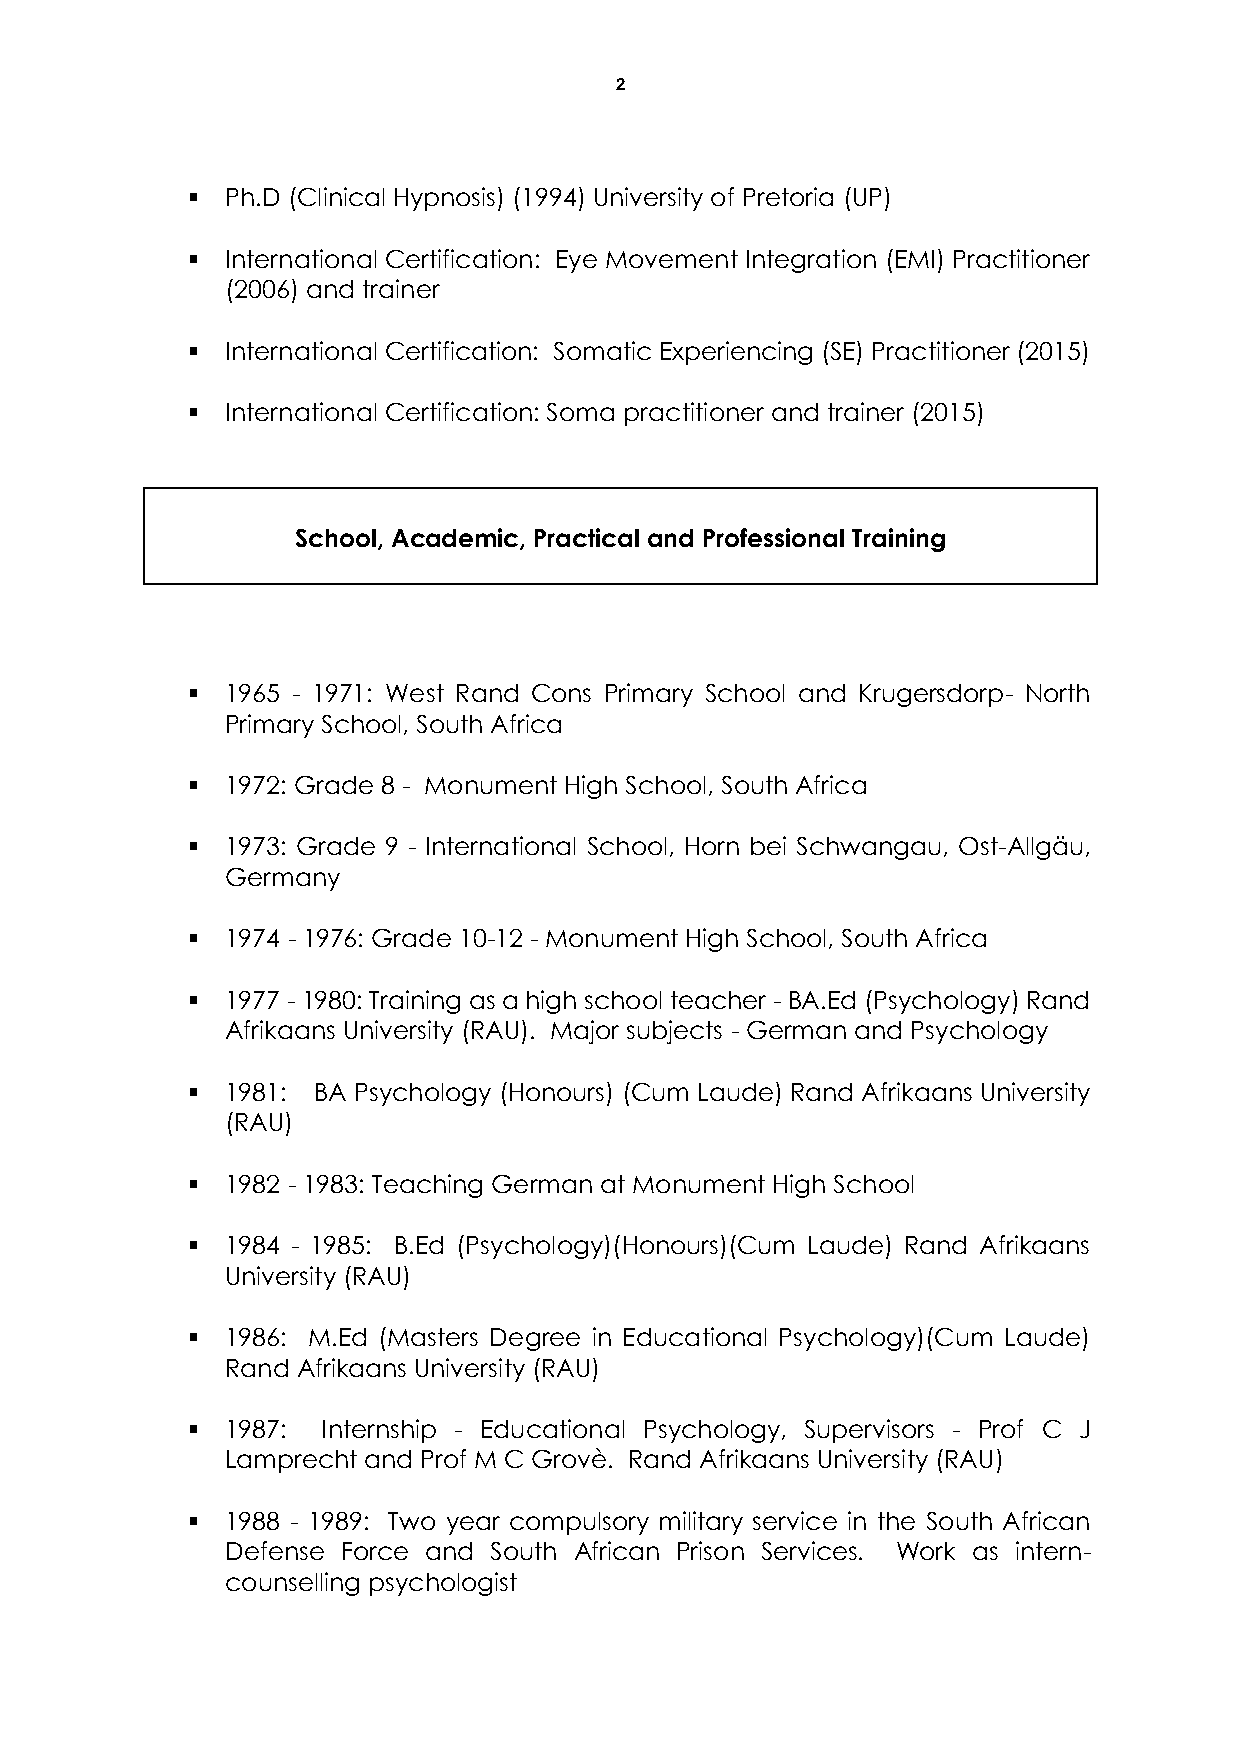
2
   Ph.D (Clinical Hypnosis) (1994) University of Pretoria (UP)
   International Certification: Eye Movement Integration (EMI) Practitioner
 (2006) and trainer
   International Certification: Somatic Experiencing (SE) Practitioner (2015)
   International Certification: Soma practitioner and trainer (2015)
 School, Academic, Practical and Professional Training
   1965 - 1971: West Rand Cons Primary School and Krugersdorp- North
 Primary School, South Africa
   1972: Grade 8 - Monument High School, South Africa
   1973: Grade 9 - International School, Horn bei Schwangau, Ost-Allgäu,
 Germany
   1974 - 1976: Grade 10-12 - Monument High School, South Africa
   1977 - 1980: Training as a high school teacher - BA.Ed (Psychology) Rand
 Afrikaans University (RAU). Major subjects - German and Psychology
   1981: BA Psychology (Honours) (Cum Laude) Rand Afrikaans University
 (RAU)
   1982 - 1983: Teaching German at Monument High School
   1984 - 1985: B.Ed (Psychology)(Honours)(Cum Laude) Rand Afrikaans
 University (RAU)
   1986: M.Ed (Masters Degree in Educational Psychology)(Cum Laude)
 Rand Afrikaans University (RAU)
   1987: Internship - Educational Psychology, Supervisors - Prof C J
 Lamprecht and Prof M C Grovè. Rand Afrikaans University (RAU)
   1988 - 1989: Two year compulsory military service in the South African
 Defense Force and South African Prison Services. Work as intern-
 counselling psychologist